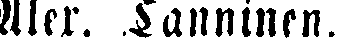
Aler. Tanninen.